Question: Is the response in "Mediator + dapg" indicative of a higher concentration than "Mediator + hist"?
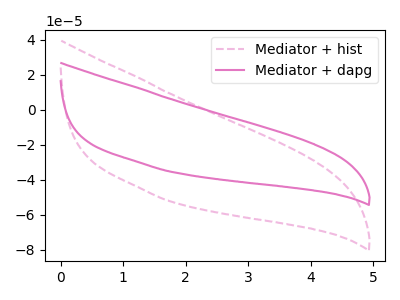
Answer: <think>The pink dashed curve "Mediator + hist" has no peaks. The pink curve "Mediator + dapg" has no peaks.
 Neither "Mediator + dapg" or "Mediator + hist" have any peaks.</think>
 <answer>I cant tell if "Mediator + dapg" or "Mediator + hist" has more signal.</answer>
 <eval>mixed_signal</eval>